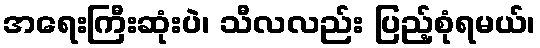
အရေးကြီးဆုံးပဲ၊ သီလလည်း ပြည့်စုံရမယ်၊